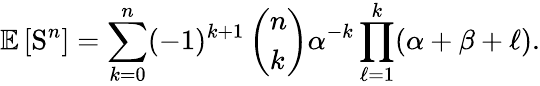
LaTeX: \mathbb{E}\left[\mathrm{S}^{n}\right]=\sum_{k=0}^{n}(-1)^{k+1}\left(\begin{array}{l}{n}\\ {k}\end{array}\right)\alpha^{-k}\prod_{\ell=1}^{k}(\alpha+\beta+\ell).